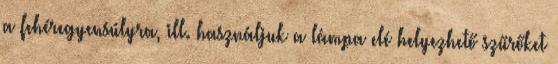
a fehéregyensúlyra, ill. használjuk a lámpa elé helyezhető szűrőket